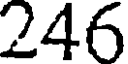
246